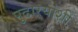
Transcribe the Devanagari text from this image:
पुढाऱ्यांशी